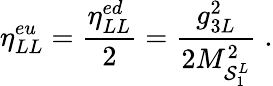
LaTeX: \eta_{LL}^{eu}=\frac{\eta_{LL}^{ed}}{2}=\frac{g_{3L}^{2}}{2M_{{\cal S}_{1}^{L}}^{2}}\; .